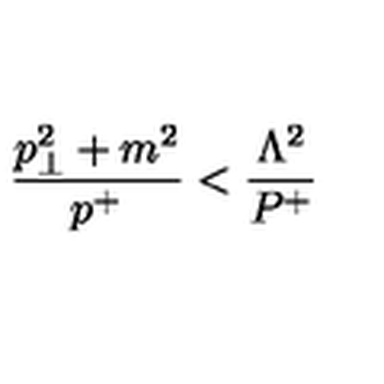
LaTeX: { \frac { p _ { \perp } ^ { 2 } + m ^ { 2 } } { p ^ { + } } } < { \frac { \Lambda ^ { 2 } } { P ^ { + } } }